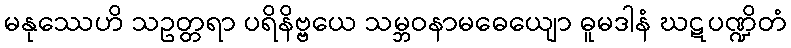
မနုဿေဟိ သဥတ္တရာ ပရိနိဗ္ဗယေ သမ္ဘဝနာမဓေယျော ဓူမဒါနံ ဃဋပဏ္ဍိတံ